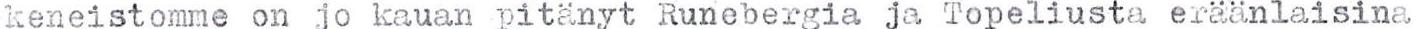
keneistomme on jo kauan pitänyt Runebergia ja Topeliusta eräänlaisina